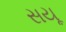
સયૂ